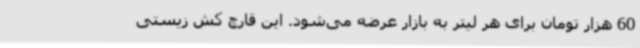
60 هزار تومان برای هر لیتر به بازار عرضه می‌شود. این قارچ کش زیستی